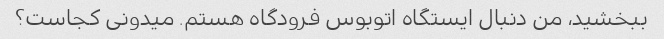
ببخشید، من دنبال ایستگاه اتوبوس فرودگاه هستم. میدونی کجاست؟